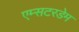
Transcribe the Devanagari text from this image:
एम्सटरडेम